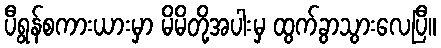
ပီရွန်စကားယားမှာ မိမိတို့အပါးမှ ထွက်ခွာသွားလေပြီ။